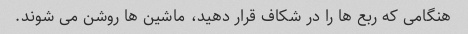
هنگامی که ربع ها را در شکاف قرار دهید، ماشین ها روشن می شوند.